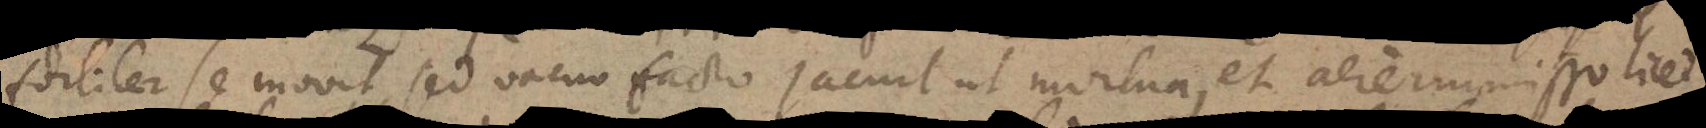
fortiter se movit, sed vacuo facto jacuit ut mortua, et aere immisso licet